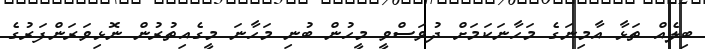
ބިލެއް ތަޅާ އާމިނަގެ މަހާނަކަމަށް ދުވަސްވީ މީހުން ބުނި މަހާނަ މީގެއިތުރުން ނޮޅިވަރަންފަރުގެ